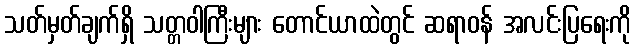
သတ်မှတ်ချက်ရှိ သတ္တဝါကြီးများ တောင်ယာထဲတွင် ဆရာဝန် အလင်းပြရေးကို